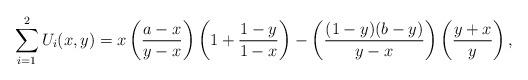
LaTeX: \begin{align*}\sum_{i=1}^{2}U_{i}(x,y) = x\left(\frac{a-x}{y-x}\right)\left(1+\frac{1-y}{1-x}\right) - \left(\frac{(1-y)(b-y)}{y-x}\right)\left(\frac{y+x}{y}\right),\end{align*}